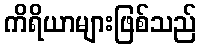
ကိရိယာများဖြစ်သည်